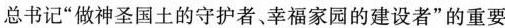
总书记”做神圣国土的守护者、幸福家园的建设者”的重要